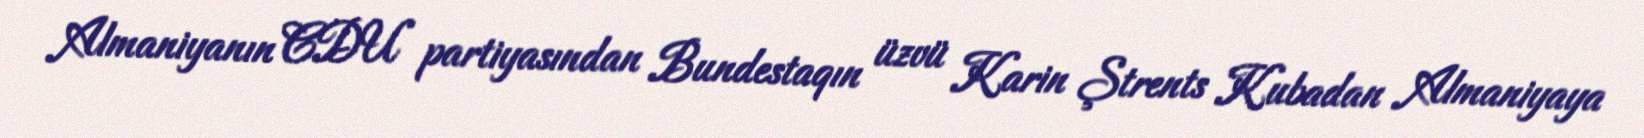
Almaniyanın CDU partiyasından Bundestaqın üzvü Karin Ştrents Kubadan Almaniyaya